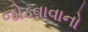
જોડવાવાનો